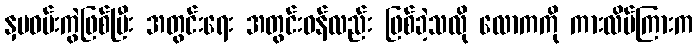
နှမဝမ်းကွဲဖြစ်ပြီး အတွင်းရေး အတွင်းဝန်လည်း ဖြစ်ခဲ့သလို လောကကို ကားလိပ်ကြားက